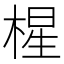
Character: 𰗼